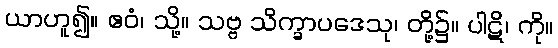
ယာဟူ၍။ ဧဝံ၊ သို့။ သဗ္ဗ သိက္ခာပဒေသု၊ တို့၌။ ပါဋိ၊ ကို။